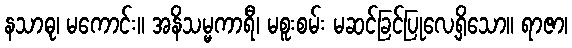
နသာဓု၊ မကောင်း။ အနိသမ္မကာရီ၊ မစူးစမ်း မဆင်ခြင်ပြုလေ့ရှိသော။ ရာဇာ၊